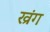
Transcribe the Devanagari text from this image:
ख्रंग